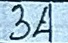
34